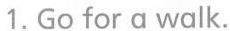
1.Go for a walk.